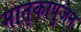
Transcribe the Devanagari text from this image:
मातृकापुजन